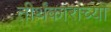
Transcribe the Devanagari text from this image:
तीर्थंकाराच्या